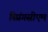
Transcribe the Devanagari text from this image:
स्प्रिंगसीएम